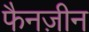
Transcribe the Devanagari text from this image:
फैनज़ीन